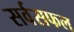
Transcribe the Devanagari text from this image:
सर्वसफल